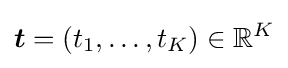
{\boldsymbol {t}}=(t_{1},\dotsc ,t_{K})\in \mathbb {R} ^{K}